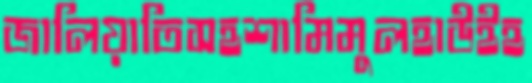
জালিয়াতিসহশামিমুলহাউইহ